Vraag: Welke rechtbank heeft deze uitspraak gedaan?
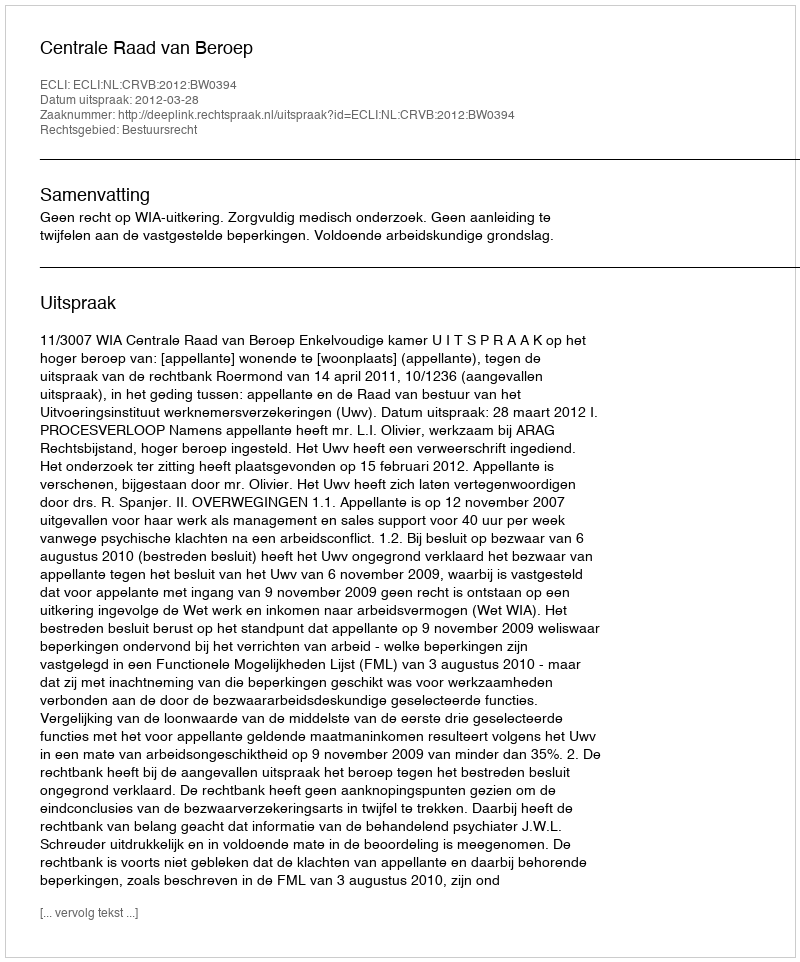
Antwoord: Centrale Raad van Beroep